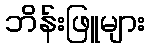
ဘိန်းဖြူများ